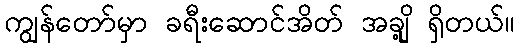
ကျွန်တော်မှာ ခရီးဆောင်အိတ် အချို့ ရှိတယ်။